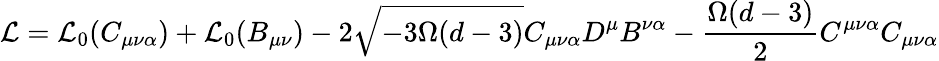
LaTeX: {\cal L}={\cal L}_{0}(C_{\mu\nu\alpha})+{\cal L}_{0}(B_{\mu\nu})-2\sqrt{-3\Omega(d-3)}C_{\mu\nu\alpha}D^{\mu}B^{\nu\alpha}-\frac{\Omega(d-3)}{2}C^{\mu\nu\alpha}C_{\mu\nu\alpha}